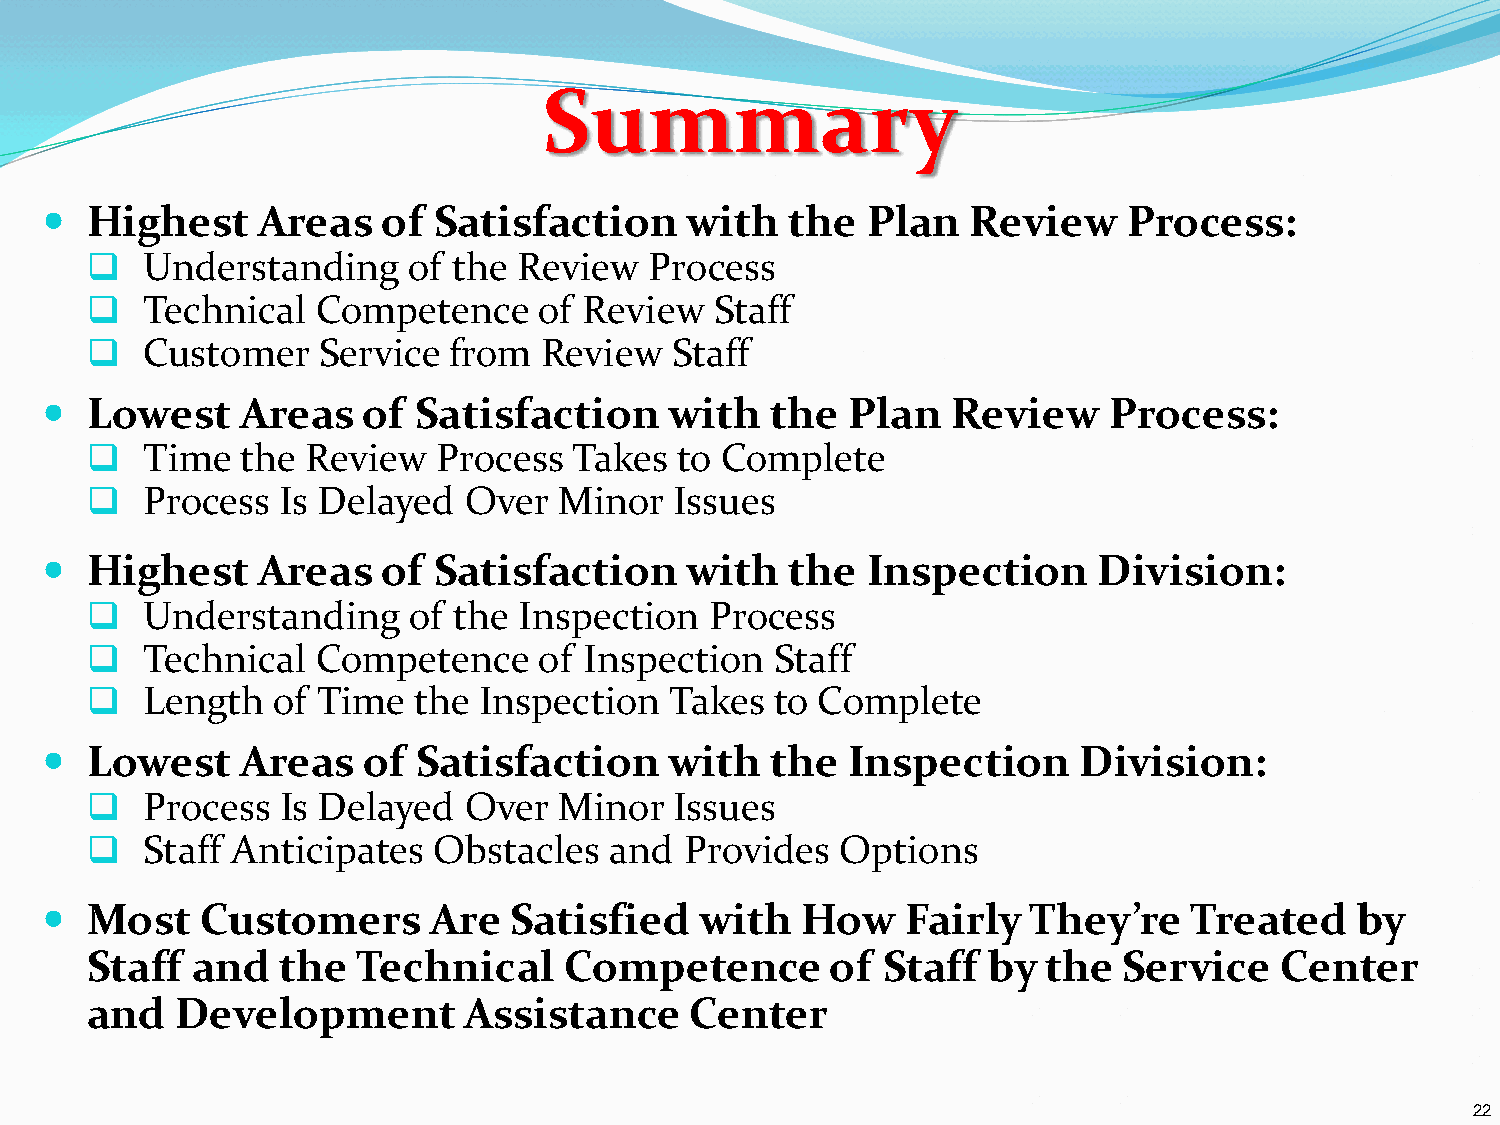
Summary
   Highest    Areas   of  Satisfaction    with   the  Plan   Review     Process:
   Understanding     of the Review   Process
   Technical   Competence     of Review  Staff
   Customer    Service  from  Review  Staff
   Lowest    Areas   of  Satisfaction    with   the  Plan   Review    Process:
   Time   the Review   Process  Takes  to Complete
   Process   Is Delayed  Over  Minor   Issues
   Highest    Areas   of  Satisfaction    with   the  Inspection      Division:
   Understanding     of the Inspection   Process
   Technical   Competence     of Inspection  Staff
   Length   of Time  the  Inspection  Takes  to Complete
   Lowest    Areas   of  Satisfaction    with   the  Inspection      Division:
   Process   Is Delayed  Over  Minor   Issues
   Staff Anticipates   Obstacles  and  Provides   Options
   Most   Customers      Are   Satisfied   with   How    Fairly  They’re    Treated    by
 Staff  and   the  Technical    Competence        of Staff  by  the  Service    Center
 and   Development        Assistance     Center
 22